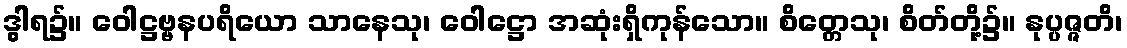
ဒွါရ၌။ ဝေါဋ္ဌဗ္ဗနပရိယော သာနေသု၊ ဝေါဋ္ဌော အဆုံးရှိကုန်သော။ စိတ္တေသု၊ စိတ်တို့၌။ နုပ္ပဇ္ဇတိ၊